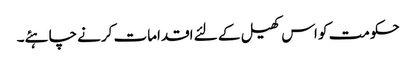
حکومت کو اس کھیل کے لئے اقدامات کرنے چاہئے۔